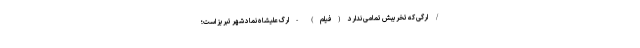
/ ارگی که تخریبش تمامی ندارد (فیلم) - ارگ علیشاه نماد شهر تبریز است؛